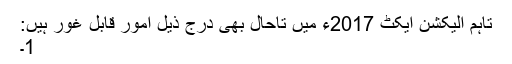
تاہم الیکشن ایکٹ 2017ء میں تاحال بھی درج ذیل امور قابل غور ہیں:
1۔